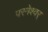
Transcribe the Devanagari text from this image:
परमेश्वर्